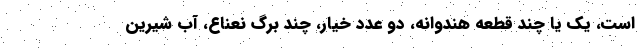
است، یک یا چند قطعه هندوانه، دو عدد خیار، چند برگ نعناع، آب شیرین